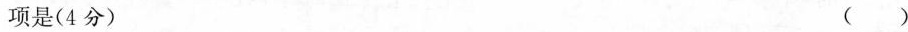
项是(4分) ()